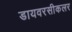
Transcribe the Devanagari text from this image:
डायवरसीकलर